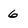
Character: 6